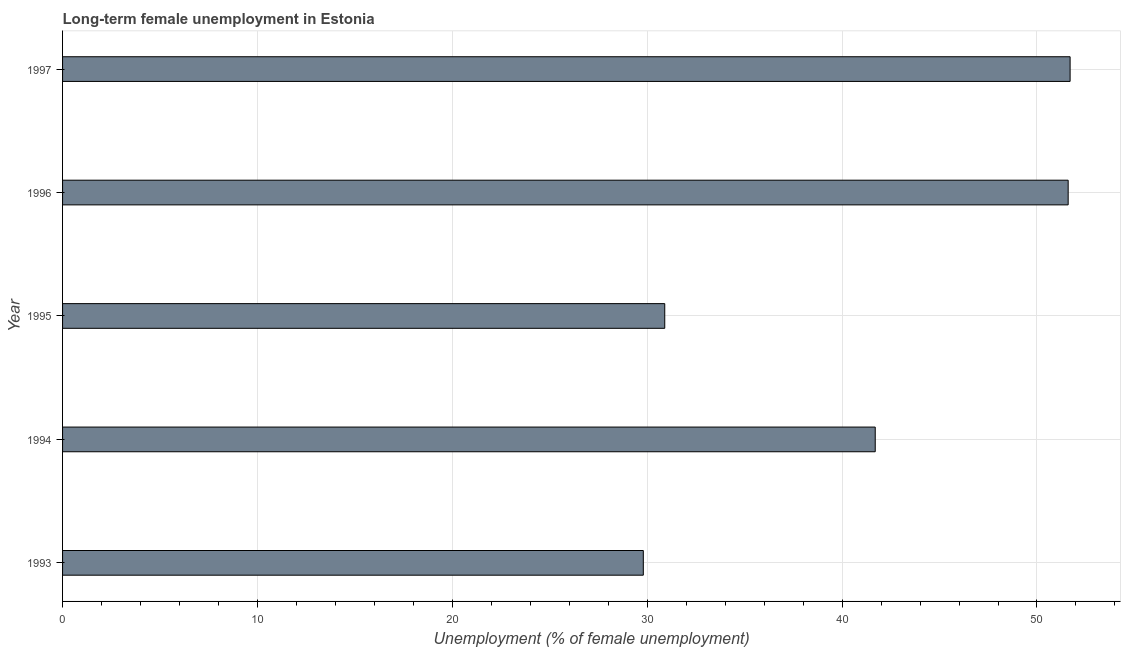
| Year | Long-term unemployment female |
 | --- | --- |
 | 1993 | 29.8 |
 | 1994 | 41.7 |
 | 1995 | 30.9 |
 | 1996 | 51.6 |
 | 1997 | 51.7 |